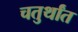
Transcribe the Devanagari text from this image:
चतुर्थांत